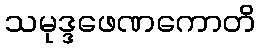
သမုဒ္ဒဖေဏကောတိ